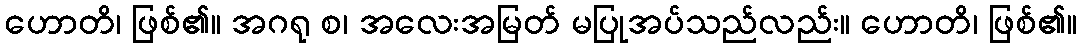
ဟောတိ၊ ဖြစ်၏။ အဂရု စ၊ အလေးအမြတ် မပြုအပ်သည်လည်း။ ဟောတိ၊ ဖြစ်၏။